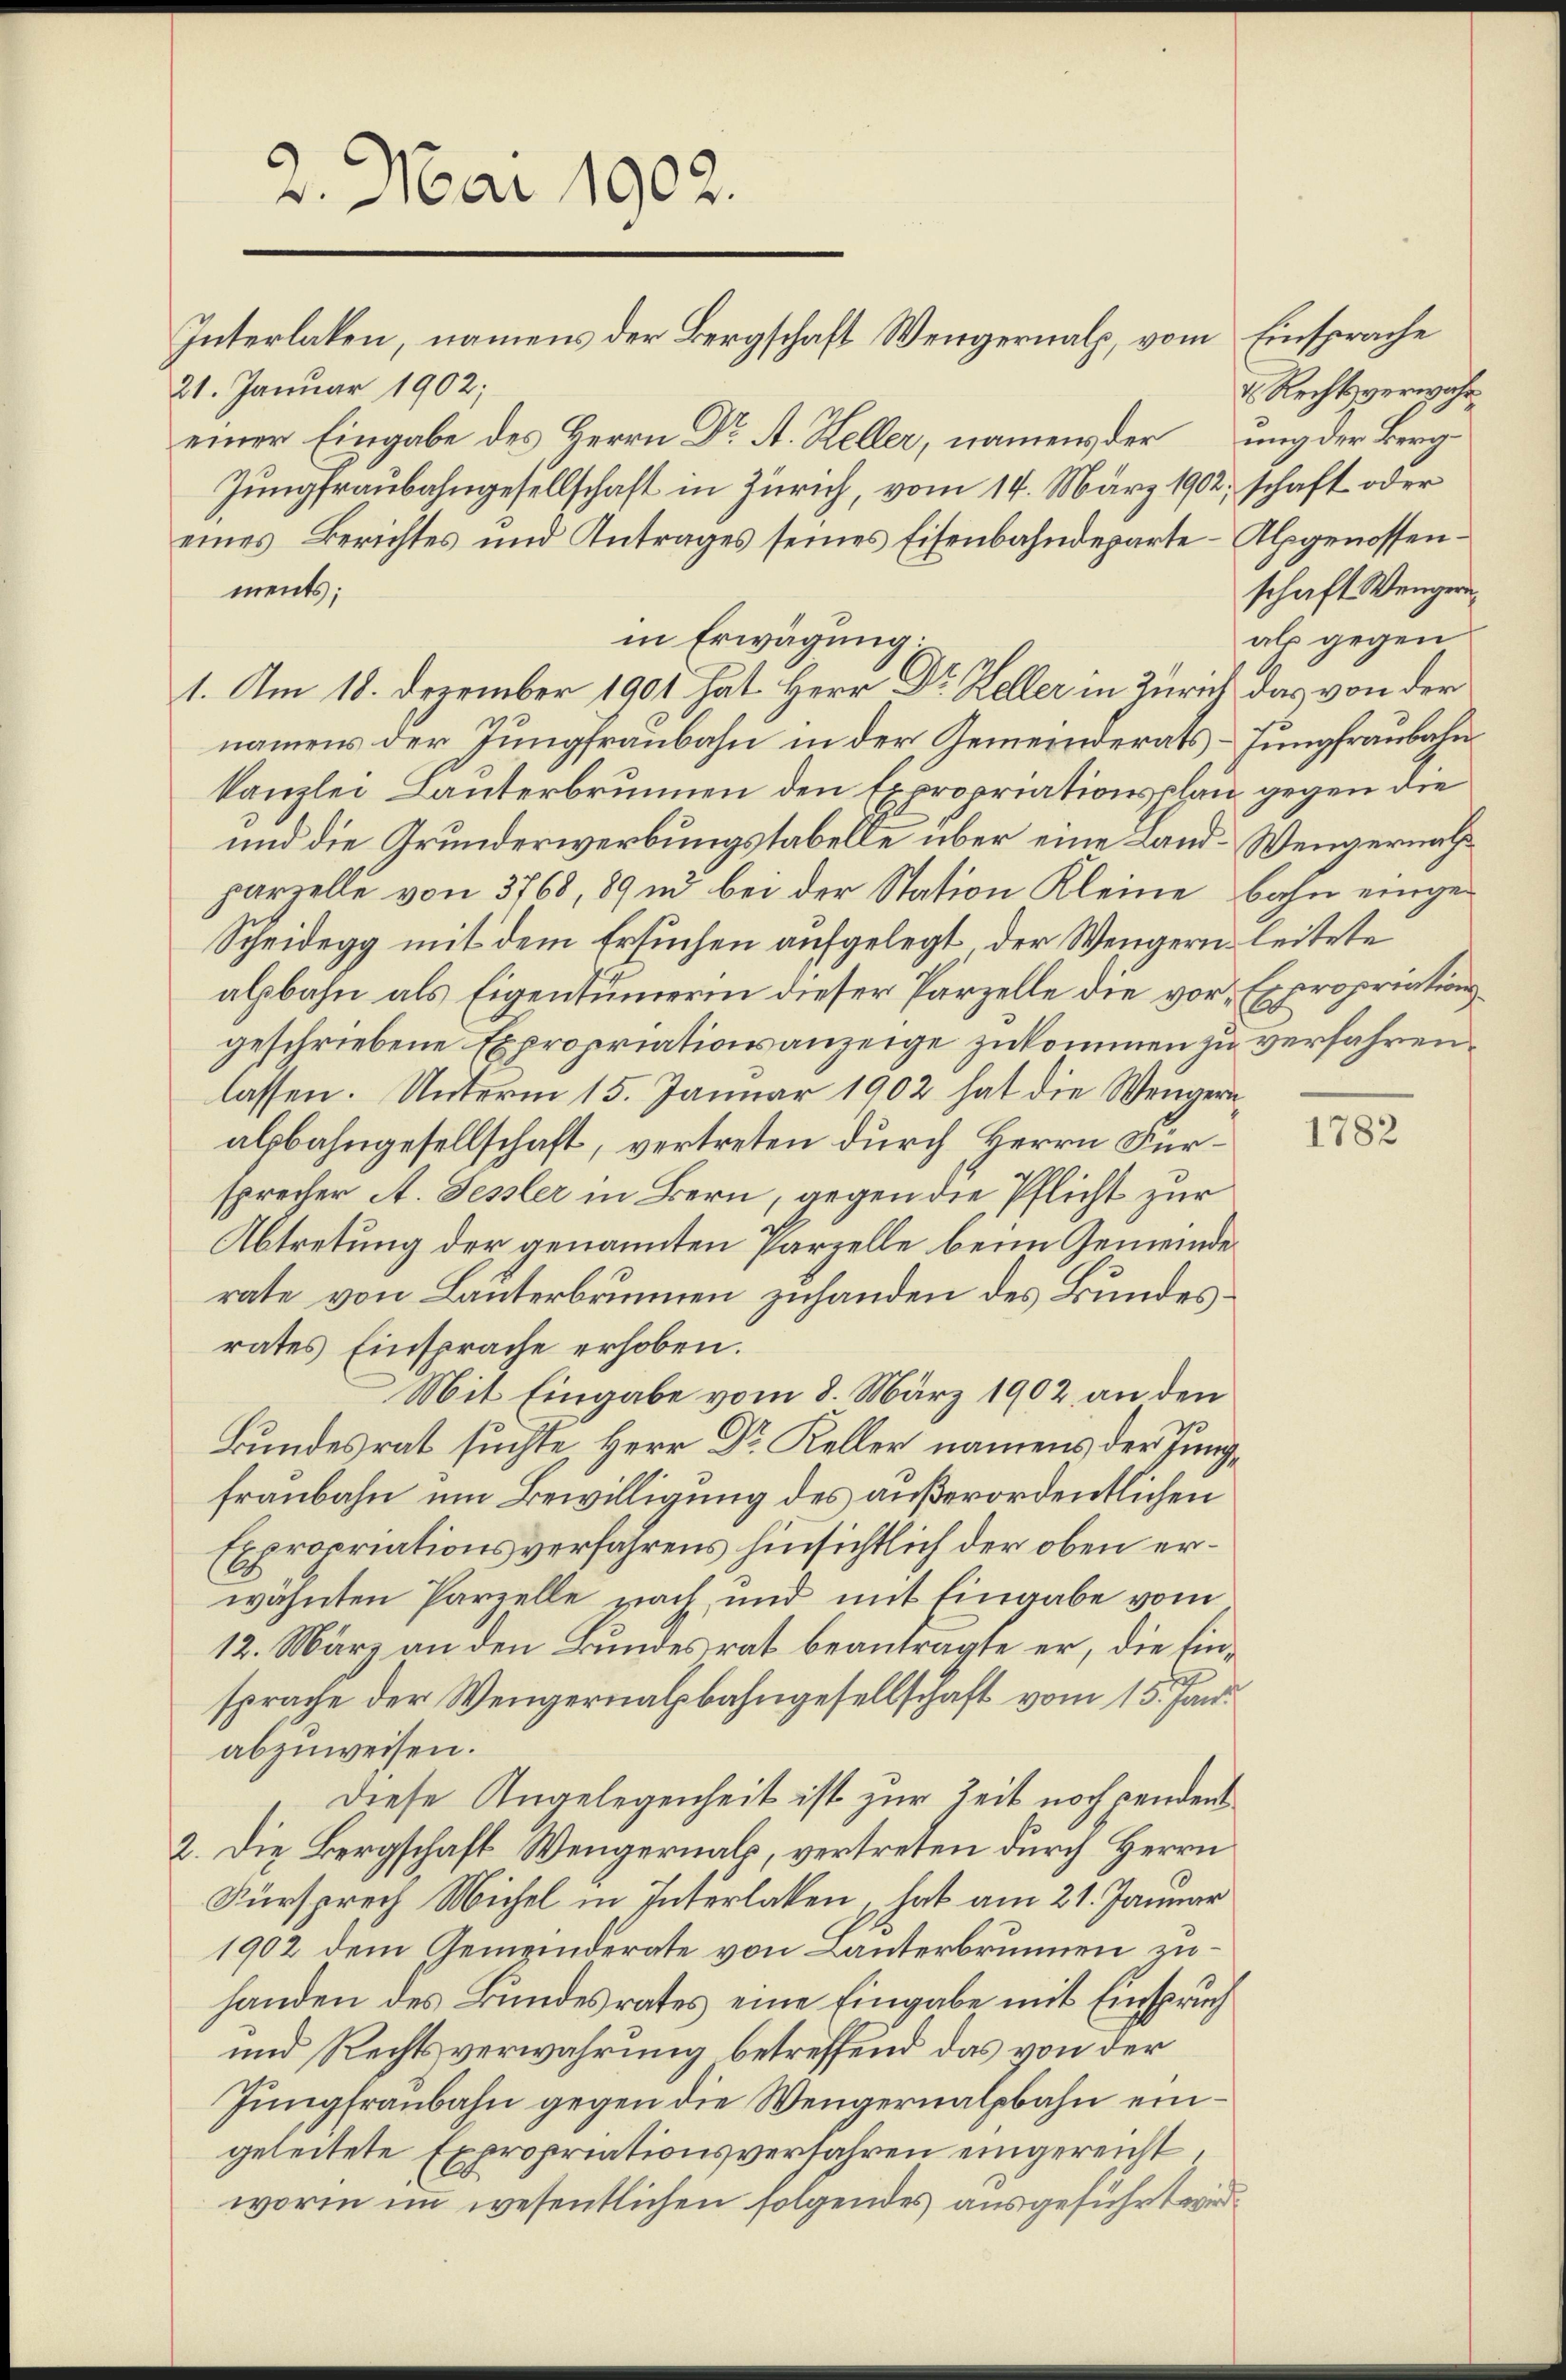
21. Januar 1902;

2. Mai 1902.
Interlaken, namens der Bergschaft Weigernal, vom Einsprache

einer Eingabe des Herrn Dr A. Heller, namens derung der Berg¬
Jungfraubahngesellschaft in Zürich, vom 14. März 1902, schaft oder
eines Berichtes und Antrages seines Eisenbahndeparte-Alpgenossenments;
in Erwägung.
1. Am 18. Dezember 1901 hat Herr Dr. Keller in Zürich das von der
namens der Jungfraubahn in der Gemeinderats-Jungfraubahnkanzlei Lauterbrunnen den Expropriationsplan gegen die
und die Grunderwerbungstabelle über eine Land-Wengernachparzelle von 3768, 89 nd bei der Station Kleine bahn einge¬
Scheidegg mit dem Ersuchen aufgelegt, der Wengern leitete
alsbahn als Eigentümerin dieser Parzelle die vor. Expropriationsgeschriebene Expropriationsanzeige zukommen zu verfahrenlassen. Unterm 15. Januar 1902 hat die Wengerualsbahngesellschaft, vertreten durch Herrn Fürsprecher A. Fessler in Bern, gegen die Pflicht zur
Abtretung der genannten Parzelle beim Gemeinde
rate von Lanterbrunnen zuhanden des Bundesrates Einsprache erhoben.
Mit Eingabe vom 8. März 1902 an den
Bundesrat suchte Herr Dr Keller namens der Jungfraubahn um Bewilligung des außerordentlichen
Expropriationsverfahrens hinsichtlich der oben erwähnten Parzelle nach und mit Eingabe vom
12. März an den Bundesrat beantragte er, die Einsprache der Wengernalbahngesellschaft vom 15. Jan.
abzuweisen.
Diese Angelegenheit ist zur Zeit noch pendent
2. Die Bergschaft Wengernals, vertreten durch Herrn
Fürsprech Michel in Interlaken, hat am 21. Januar
1902 dem Gemeinderate von Lanterbrunnen zuhanden des Bundesrates eine Eingabe mit Einspruch
und Rechtsverwahrung betreffend das von der
Jungfraubahn gegen die Wengernalpbahn eingeleitete Expropriationsverfahren eingereicht
worin im wesentlichen folgendes ausgeführt werd

2. Rechtsverwahr
schaft Wengern
als gegen

1782